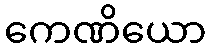
ကေဏိယော